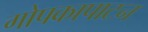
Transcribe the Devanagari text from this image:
गोपकापाटन